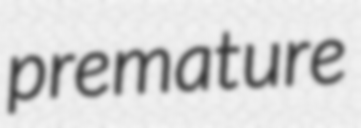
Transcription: premature